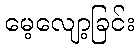
မေ့လျော့ခြင်း